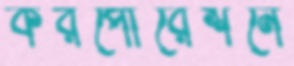
করপোরেশনে